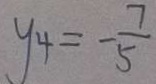
y _ { 4 } = - \frac { 7 } { 5 }